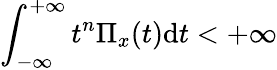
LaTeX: \int_{-\infty}^{+\infty}t^{n}\Pi_{x}(t)\mathrm{d}t<+\infty